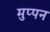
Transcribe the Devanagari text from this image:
मुप्पन